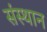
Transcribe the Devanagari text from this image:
संस्थान